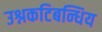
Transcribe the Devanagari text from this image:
उश्नकटिबन्धिय